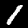
Digit: 1